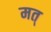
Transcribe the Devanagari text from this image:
मत्